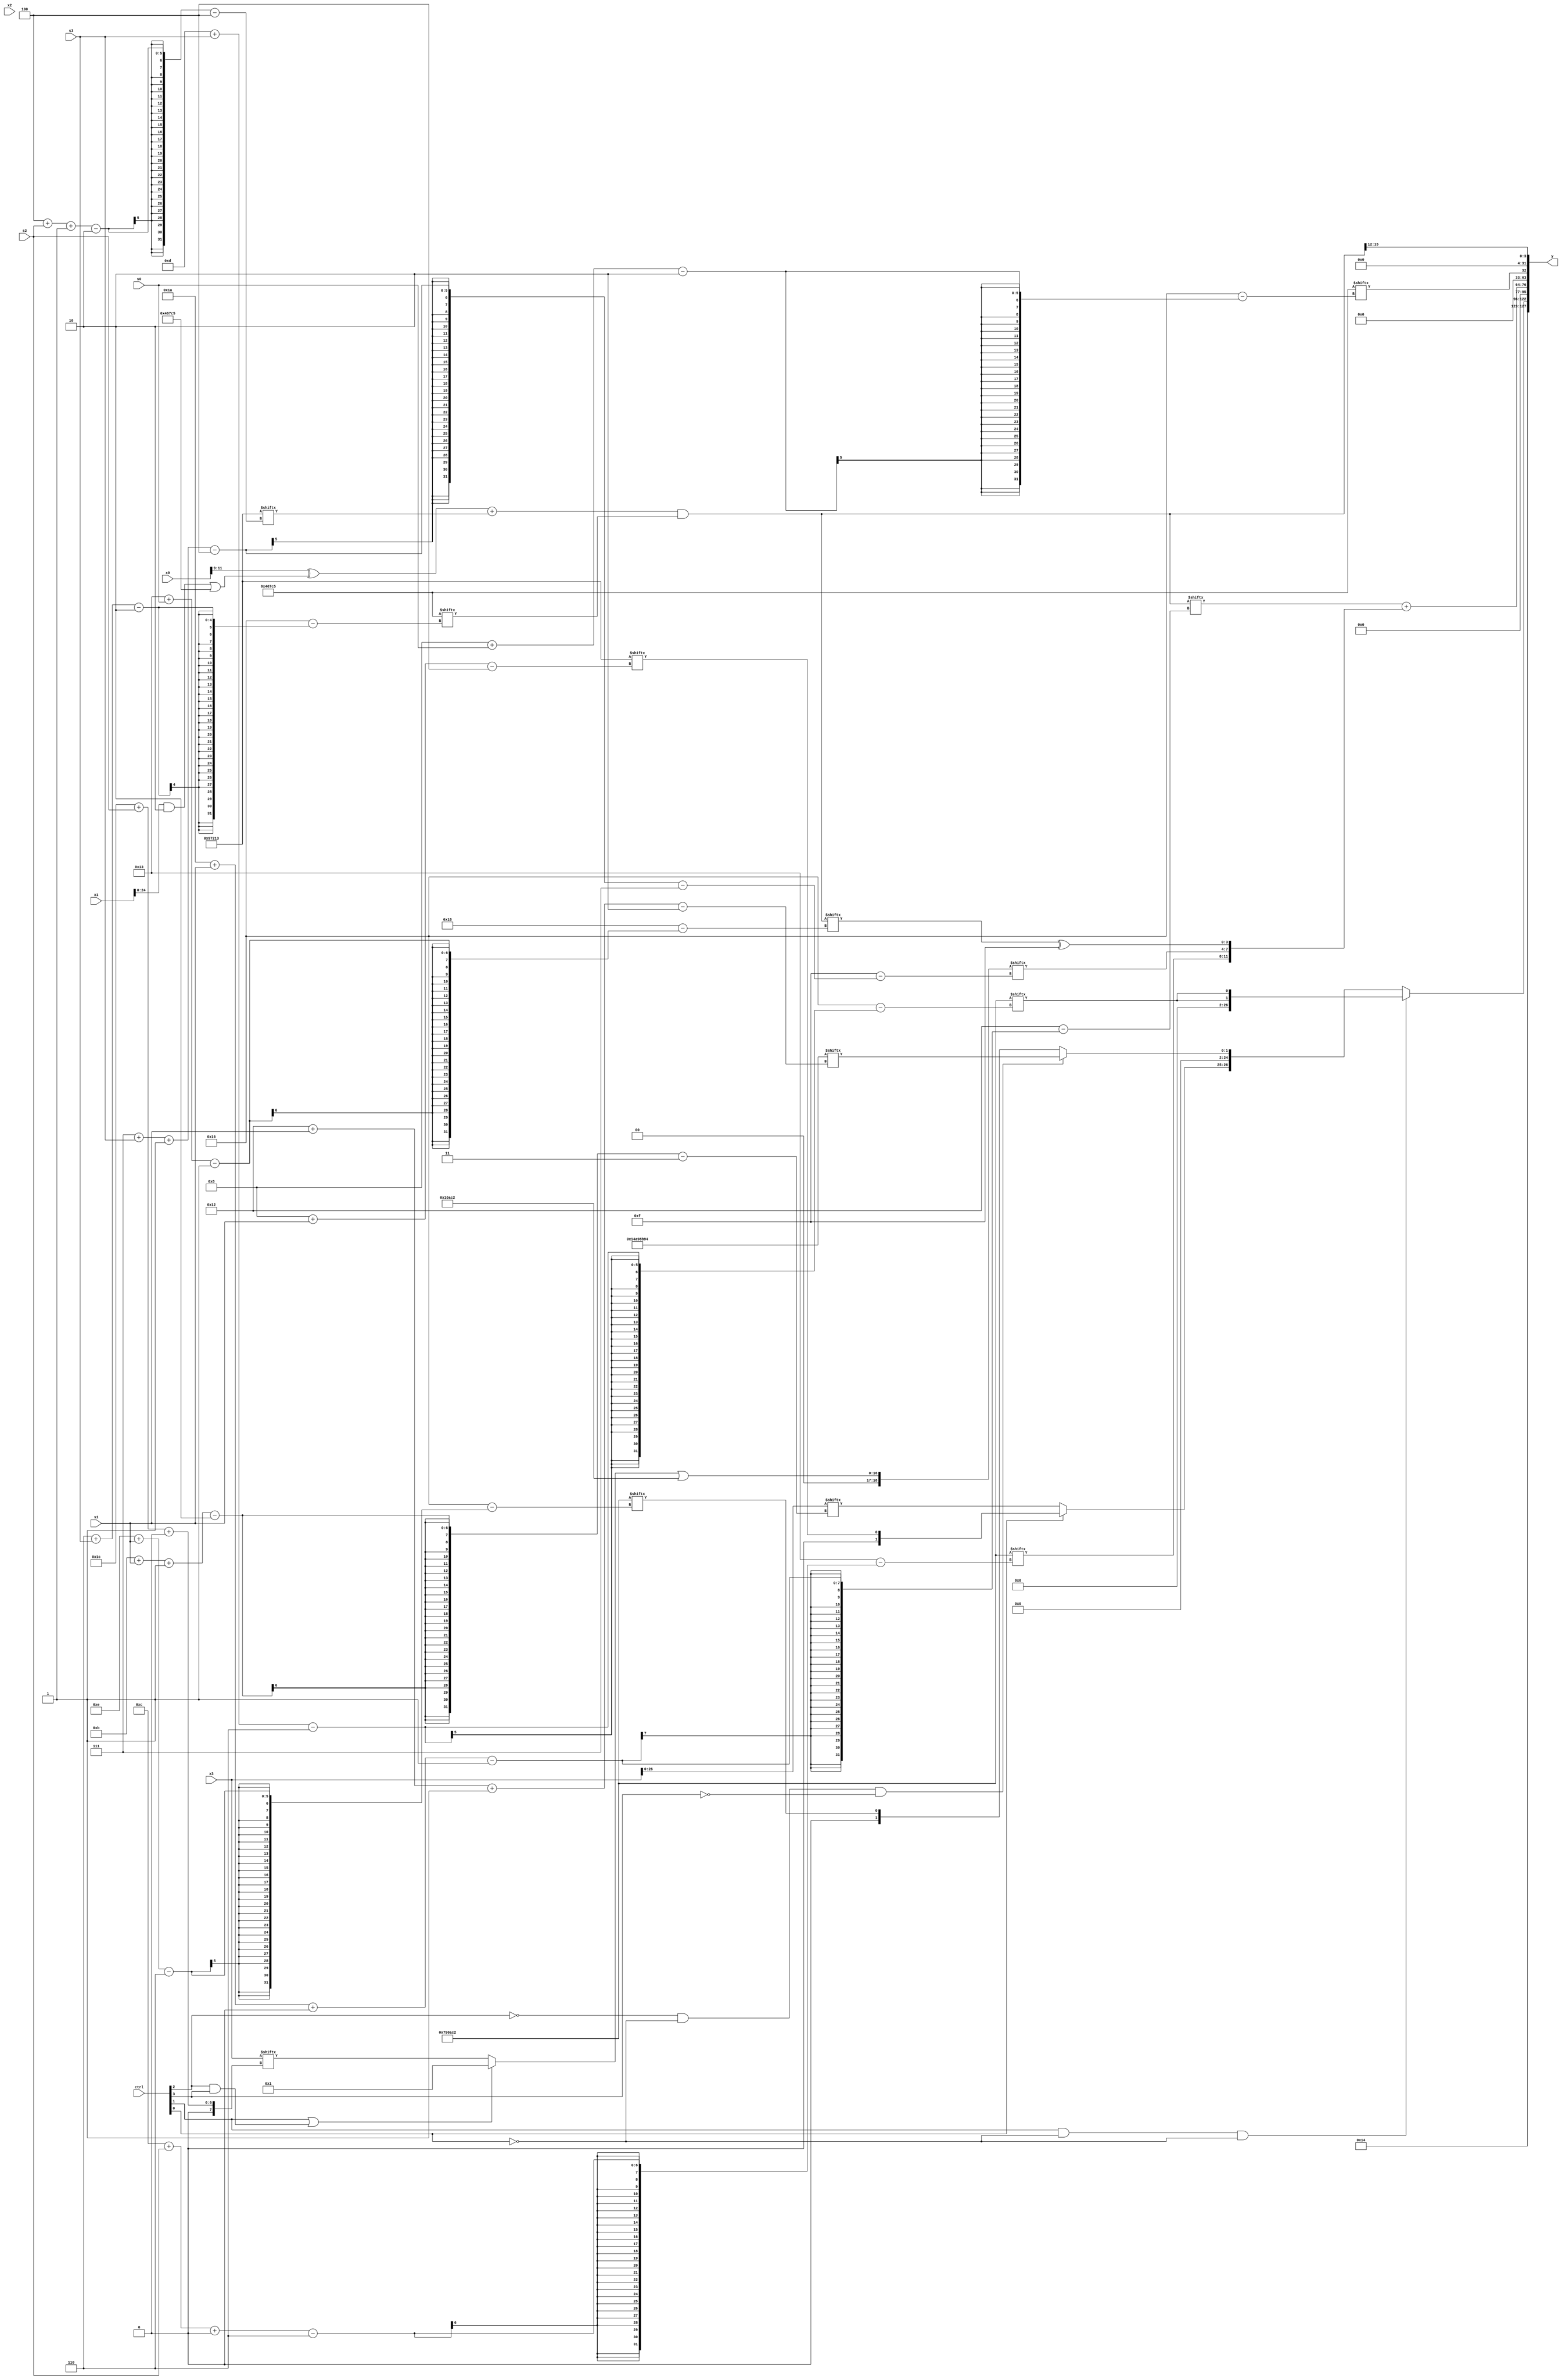
module partsel_00415(ctrl, s0, s1, s2, s3, x0, x1, x2, x3, y);
  input [3:0] ctrl;
  input [2:0] s0;
  input [2:0] s1;
  input [2:0] s2;
  input [2:0] s3;
  input signed [31:0] x0;
  input signed [31:0] x1;
  input [31:0] x2;
  input signed [31:0] x3;
  wire signed [30:3] x4;
  wire [7:28] x5;
  wire signed [7:25] x6;
  wire [26:3] x7;
  wire signed [7:28] x8;
  wire [26:5] x9;
  wire signed [29:3] x10;
  wire [7:28] x11;
  wire [1:31] x12;
  wire signed [1:25] x13;
  wire signed [31:4] x14;
  wire [2:26] x15;
  output [127:0] y;
  wire [31:0] y0;
  wire [31:0] y1;
  wire [31:0] y2;
  wire signed [31:0] y3;
  assign y = {y0,y1,y2,y3};
  localparam signed [29:0] p0 = 346655636;
  localparam [24:4] p1 = 212431379;
  localparam signed [2:24] p2 = 671377349;
  localparam signed [6:28] p3 = 788073154;
  assign x4 = (!ctrl[3] && !ctrl[2] && !ctrl[1] ? ((p3[18 +: 1] ^ x2[30 + s0 -: 1]) ^ ({{2{((((x1[4 + s2] + x3[8 +: 2]) & (((x2 + p1[13 +: 3]) & p3[9 + s3 -: 4]) & p0[30 + s0 -: 5])) ^ x2) & x1[12 + s0 +: 3])}}, x0[18 + s0 -: 1]} & x1[14])) : {2{p0[8 + s2]}});
  assign x5 = p1;
  assign x6 = {2{{2{((ctrl[1] || ctrl[2] && ctrl[3] ? p0[21 -: 1] : x3[28 + s2 +: 8]) | p3)}}}};
  assign x7 = p3[12];
  assign x8 = {2{(x6[17] - p0[13 +: 2])}};
  assign x9 = p1[13 + s0 -: 5];
  assign x10 = x3;
  assign x11 = x0[9 +: 3];
  assign x12 = x4[4 + s1];
  assign x13 = (((x11 ^ {p2, ((x1 & p0[10 +: 4]) | p2)}) + p1[4 + s2 -: 2]) & p2[6 + s3]);
  assign x14 = (x5 ^ (!ctrl[0] && !ctrl[2] || !ctrl[1] ? x12[8 + s3 -: 3] : (p3 + ({2{((p2[14] | x8[16 + s1 +: 7]) & x7[12 +: 1])}} & p0[15 +: 4]))));
  assign x15 = p3[14 + s1];
  assign y0 = {(p2[18 + s3 -: 1] ^ x12[12 -: 2]), {p0, (ctrl[1] && !ctrl[0] && !ctrl[0] ? {2{p3[13 + s3]}} : {(!ctrl[0] || !ctrl[3] && ctrl[3] ? x10[11 + s1 -: 2] : p1[8 + s1]), (!ctrl[2] && !ctrl[0] && !ctrl[3] ? p0[18 + s1 -: 2] : x15)})}};
  assign y1 = (x13[26 + s1 +: 7] + {p3[12 + s2 +: 4], {x6[7 + s3 -: 4], (x13[19 + s0] ^ {2{p1[18 -: 2]}})}});
  assign y2 = p2[8 + s0];
  assign y3 = x13[10 +: 4];
endmodule